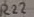
Text: R22